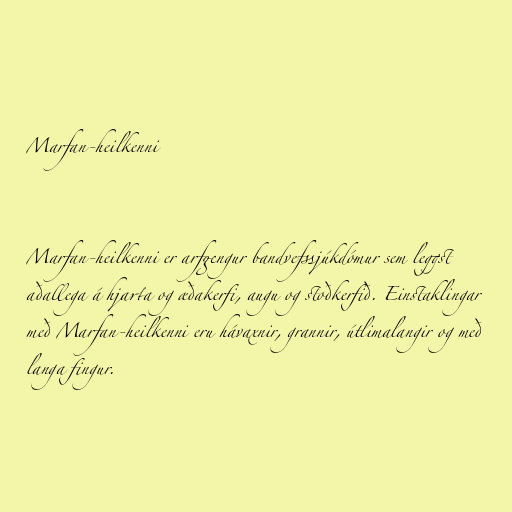
Marfan-heilkenni

Marfan-heilkenni er arfgengur bandvefssjúkdómur sem leggst
aðallega á hjarta og æðakerfi, augu og stoðkerfið. Einstaklingar
með Marfan-heilkenni eru hávaxnir, grannir, útlimalangir og með
langa fingur.